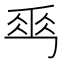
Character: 𠃀